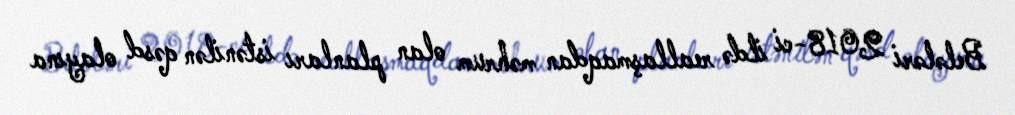
Belələri 2018-ci ildə reallaşmaqdan məhrum olan planları istənilən qəsd olayına